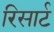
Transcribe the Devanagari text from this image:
रिसार्ट